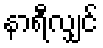
နာရီလျှင်